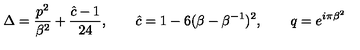
\Delta = { \frac { p ^ { 2 } } { \beta ^ { 2 } } } + { \frac { \hat { c } - 1 } { 2 4 } } , \qquad \hat { c } = 1 - 6 ( \beta - \beta ^ { - 1 } ) ^ { 2 } , \qquad q = e ^ { i \pi \beta ^ { 2 } }